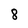
Character: 8